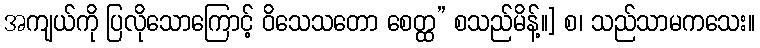
အကျယ်ကို ပြလိုသောကြောင့် ဝိသေသတော စေတ္ထ” စသည်မိန့်။] စ၊ သည်သာမကသေး။